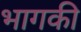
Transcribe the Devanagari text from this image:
भागकी